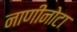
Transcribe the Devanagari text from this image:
नाणीनोटा